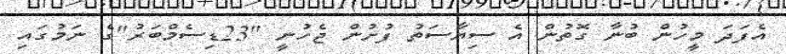
އެފަދަ މީހުން ބުނާ ގޮތުން އެ ސިޔާސަތު ފުށުން ޖެހުނީ "23ޑިސެމްބަރު"ގެ ނަމުގައި